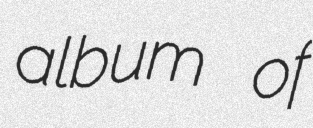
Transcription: album of